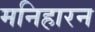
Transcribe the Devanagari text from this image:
मनिहारन